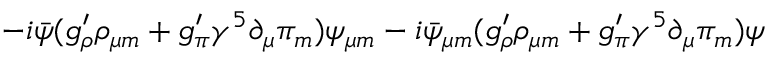
- i \bar { \psi } ( g _ { \rho } ^ { \prime } \rho _ { \mu m } + g _ { \pi } ^ { \prime } { \gamma ^ { 5 } } \partial _ { \mu } \pi _ { m } ) \psi _ { \mu m } - i \bar { \psi } _ { \mu m } ( g _ { \rho } ^ { \prime } \rho _ { \mu m } + g _ { \pi } ^ { \prime } { \gamma ^ { 5 } } \partial _ { \mu } \pi _ { m } ) \psi